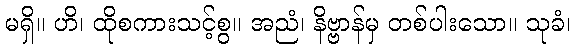
မရှိ။ ဟိ၊ ထိုစကားသင့်စွ။ အညံ၊ နိဗ္ဗာန်မှ တစ်ပါးသော။ သုခံ၊